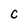
Character: C